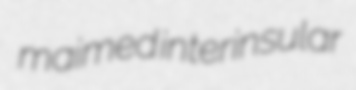
maimed interinsular